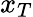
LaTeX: x_{T}